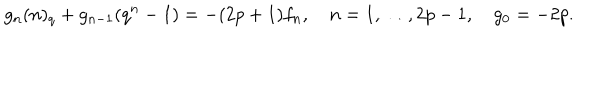
LaTeX: g _ { n } ( n ) _ { q } + g _ { n - 1 } ( q ^ { n } - 1 ) = - ( 2 p + 1 ) f _ { n } , \quad n = 1 , \ldots , 2 p - 1 , \quad g _ { 0 } = - 2 p .